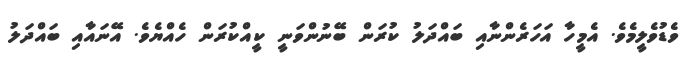
ވެޑުވެލީމެވެ. އެމީހާ އަހަރެންނާއި ބައްދަލު ކުރަން ބޭނުންވަނީ ކީއްކުރަން ހެއްޔެވެ. އޭނައާއި ބައްދަލު